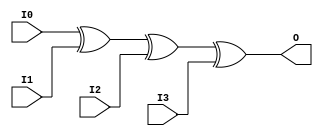
// $Header: /devl/xcs/repo/env/Databases/CAEInterfaces/verunilibs/s/XOR4.v,v 1.8.22.1 2003/11/18 20:41:40 wloo Exp $

/*

FUNCTION	: 4-INPUT XOR GATE

*/

`timescale  100 ps / 10 ps


module XOR4 (O, I0, I1, I2, I3);

    output O;

    input  I0, I1, I2, I3;

	xor X1 (O, I0, I1, I2, I3);

    specify
	(I0 *> O) = (0, 0);
	(I1 *> O) = (0, 0);
	(I2 *> O) = (0, 0);
	(I3 *> O) = (0, 0);
    endspecify

endmodule